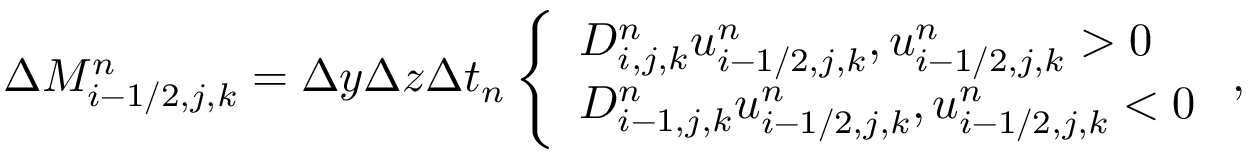
\begin{array} { r } { \Delta M _ { i - 1 / 2 , j , k } ^ { n } = \Delta y \Delta z \Delta t _ { n } \left\{ \begin{array} { l l } { D _ { i , j , k } ^ { n } u _ { i - 1 / 2 , j , k } ^ { n } , u _ { i - 1 / 2 , j , k } ^ { n } > 0 } \\ { D _ { i - 1 , j , k } ^ { n } u _ { i - 1 / 2 , j , k } ^ { n } , u _ { i - 1 / 2 , j , k } ^ { n } < 0 } \end{array} \right. , } \end{array}